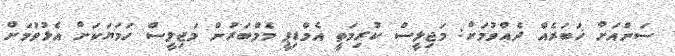
ސަންއަށް ޚަބަރެއް ދެއްވުމަށް: މަޖިލީސް ކުރިމަތީ އެމްޑިޕީ މެމްބަރުން މަޖިލީސް ހަމަޔަކަށް އެޅުވުމަށް